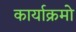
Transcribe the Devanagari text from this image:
कार्याक्रमो